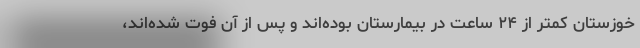
خوزستان کمتر از ۲۴ ساعت در بیمارستان بوده‌اند و پس از آن فوت شده‌اند،